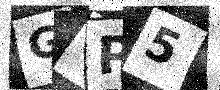
Text: GGP5